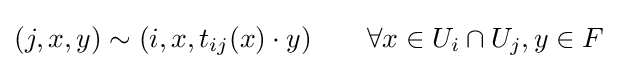
(j,x,y)\sim (i,x,t_{ij}(x)\cdot y)\qquad \forall x\in U_{i}\cap U_{j},y\in F